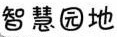
智慧园地